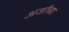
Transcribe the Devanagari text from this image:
अर्जांच्या